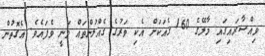
ވިއްސާރައިގައި މާލޭގެ 160 ގެެއަކަށް އެކި ވަރުގެ ގެއްލުންތައް ވަނީ ވެފައެވެ. އެގޮތުން